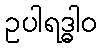
ဥပါရဒ္ဓါဝ